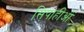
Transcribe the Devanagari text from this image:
सिपाहीओं